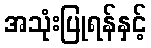
အသုံးပြုရန်နှင့်